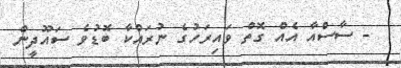
- ސާސްއާ އެއް ގޮތް ވައިރަހުގެ ނުރައްކާ ބޮޑުވެ ސައޫދީން